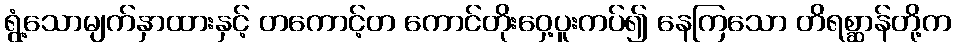
ရွံ့သောမျက်နှာထားနှင့် တကောင့်တ ကောင်တိုးဝှေ့ပူးကပ်၍ နေကြသော တိရစ္ဆာန်တို့က